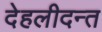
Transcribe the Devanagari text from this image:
देहलीदन्त